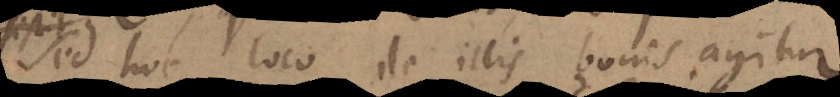
Sed hoc loco de illis bonis agitur,